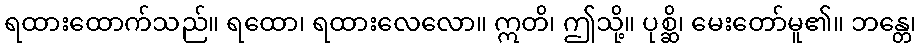
ရထားထောက်သည်။ ရထော၊ ရထားလေလော။ ဣတိ၊ ဤသို့။ ပုစ္ဆိ၊ မေးတော်မူ၏။ ဘန္တေ၊